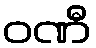
ဝဏီ